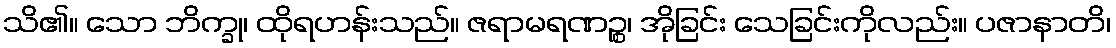
သိ၏။ သော ဘိက္ခု၊ ထိုရဟန်းသည်။ ဇရာမရဏဉ္စ၊ အိုခြင်း သေခြင်းကိုလည်း။ ပဇာနာတိ၊